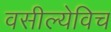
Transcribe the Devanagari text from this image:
वसील्येविच